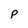
Character: p